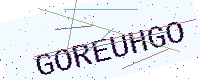
Text: GOREUHGO